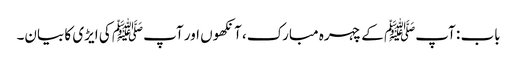
باب : آپﷺ کے چہرہ مبارک، آنکھوں اور آپﷺ کی ایڑی کا بیان۔